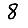
Digit: 8